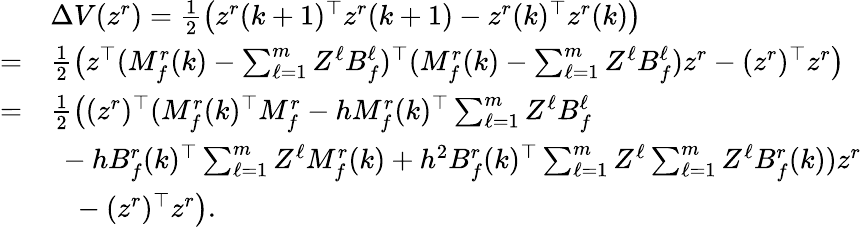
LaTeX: \begin{array}{rl}&{\Delta V(z^{r})=\frac{1}{2}\big(z^{r}(k+1)^{\top}z^{r}(k+1)-z^{r}(k)^{\top}z^{r}(k)\big)}\\ {=}&{\frac{1}{2}\big(z^{\top}(M_{f}^{r}(k)-\textstyle\sum_{\ell=1}^{m}Z^{\ell}B_{f}^{\ell})^{\top}(M_{f}^{r}(k)-\textstyle\sum_{\ell=1}^{m}Z^{\ell}B_{f}^{\ell})z^{r}-(z^{r})^{\top}z^{r}\big)}\\ {=}&{\frac{1}{2}\big((z^{r})^{\top}(M_{f}^{r}(k)^{\top}M_{f}^{r}-hM_{f}^{r}(k)^{\top}\textstyle\sum_{\ell=1}^{m}Z^{\ell}B_{f}^{\ell}}\\ &{~-hB_{f}^{r}(k)^{\top}\textstyle\sum_{\ell=1}^{m}Z^{\ell}M_{f}^{r}(k)+h^{2}B_{f}^{r}(k)^{\top}\textstyle\sum_{\ell=1}^{m}Z^{\ell}\textstyle\sum_{\ell=1}^{m}Z^{\ell}B_{f}^{r}(k))z^{r}}\\ &{~~~-(z^{r})^{\top}z^{r}\big).}\end{array}